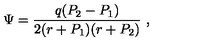
\Psi = { \frac { q ( P _ { 2 } - P _ { 1 } ) } { 2 ( r + P _ { 1 } ) ( r + P _ { 2 } ) } } \ ,